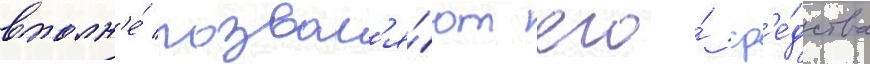
вполн'е́ позвол'я́ют его́ ср'е́дства